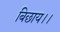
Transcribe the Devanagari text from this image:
बिछाय।।